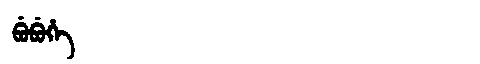
Manchu: ᠪᡠᠪᡠᡥᡝ
Romanization: BUBUHE